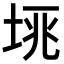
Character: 𡋮